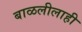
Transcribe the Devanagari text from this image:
बाळलीलाही